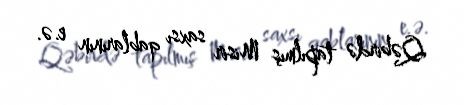
Qəbirdə tapılmış Misir saxsı qablarının e.ə.